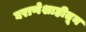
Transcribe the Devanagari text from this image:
घराणेशाहीतून